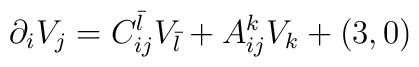
\partial_i V_j = C_{ij}^{\bar l} V_{\bar l} + A_{ij}^k V_k + (3,0)